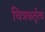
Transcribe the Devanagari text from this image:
चित्रकर्तृत्व